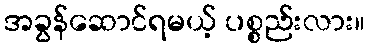
အခွန်ဆောင်ရမယ့် ပစ္စည်းလား။